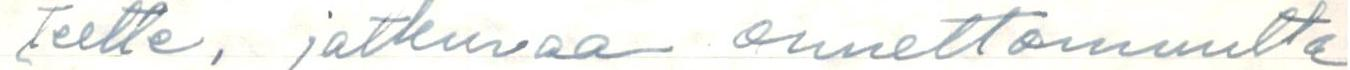
teette, jatkuvaa onnettomuutta